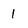
Character: 1